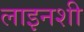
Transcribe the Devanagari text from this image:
लाइनशी